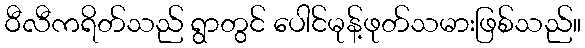
ဝီလီကရိတ်သည် ရွာတွင် ပေါင်မုန့်ဖုတ်သမားဖြစ်သည်။